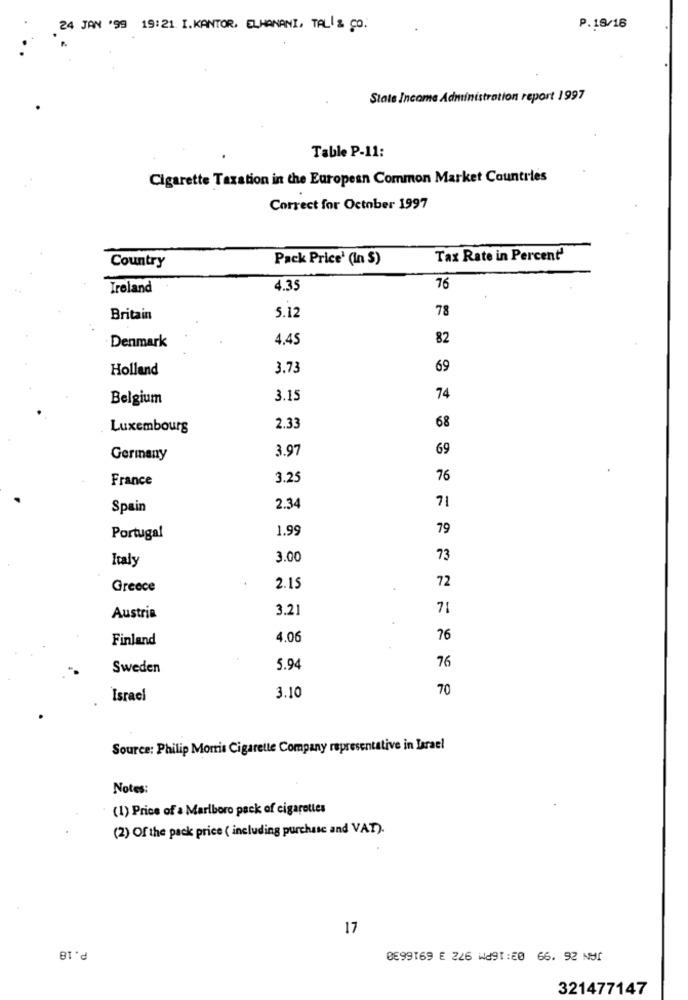
24 JAN '99 19:21 I.KANTOR. ELHANANI, TALİ & CO.
P.18/16
State Income Administration report 1997
Table P-11:
Cigarette Taxation in the European Common Market Countries
Correct for October 1997
Pack Price' (In $)
Tax Rate in Percent'
Country
Ireland
4.35
76
78
Britain
5.12
Denmark
4.45
82
Holland
3.73
69
Belgium
3.15
74
68
Luxembourg
2.33
3.97
69
Germany
France
3.25
76
71
Spain
2.34
1.99
79
Portugal
Italy
3.00
73
72
Greece
2.15
3.21
71
Austria
Finland
4.06
76
76
Sweden
5.94
70
Israel
3.10
Source: Philip Morris Cigarette Company representative in Israel
Notes:
(1) Price of a Marlboro pack of cigarettes
(2) Of the pack price ( including purchase and VAT).
17
P.18
0099169 E 226 W891:20 66. 92 N91
321477147